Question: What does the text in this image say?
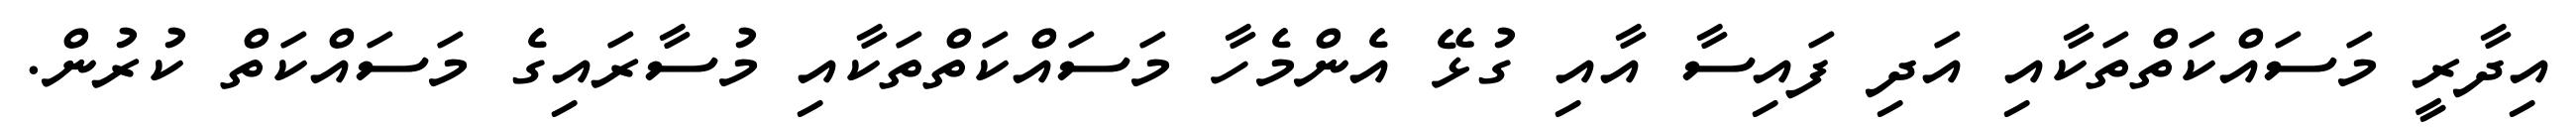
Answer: އިދާރީ މަސައްކަތްތަކާއި އަދި ފައިސާ އާއި ގުޅޭ އެންމެހާ މަސައްކަތްތަކާއި މުސާރައިގެ މަސައްކަތް ކުރުން.